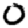
Digit: 0